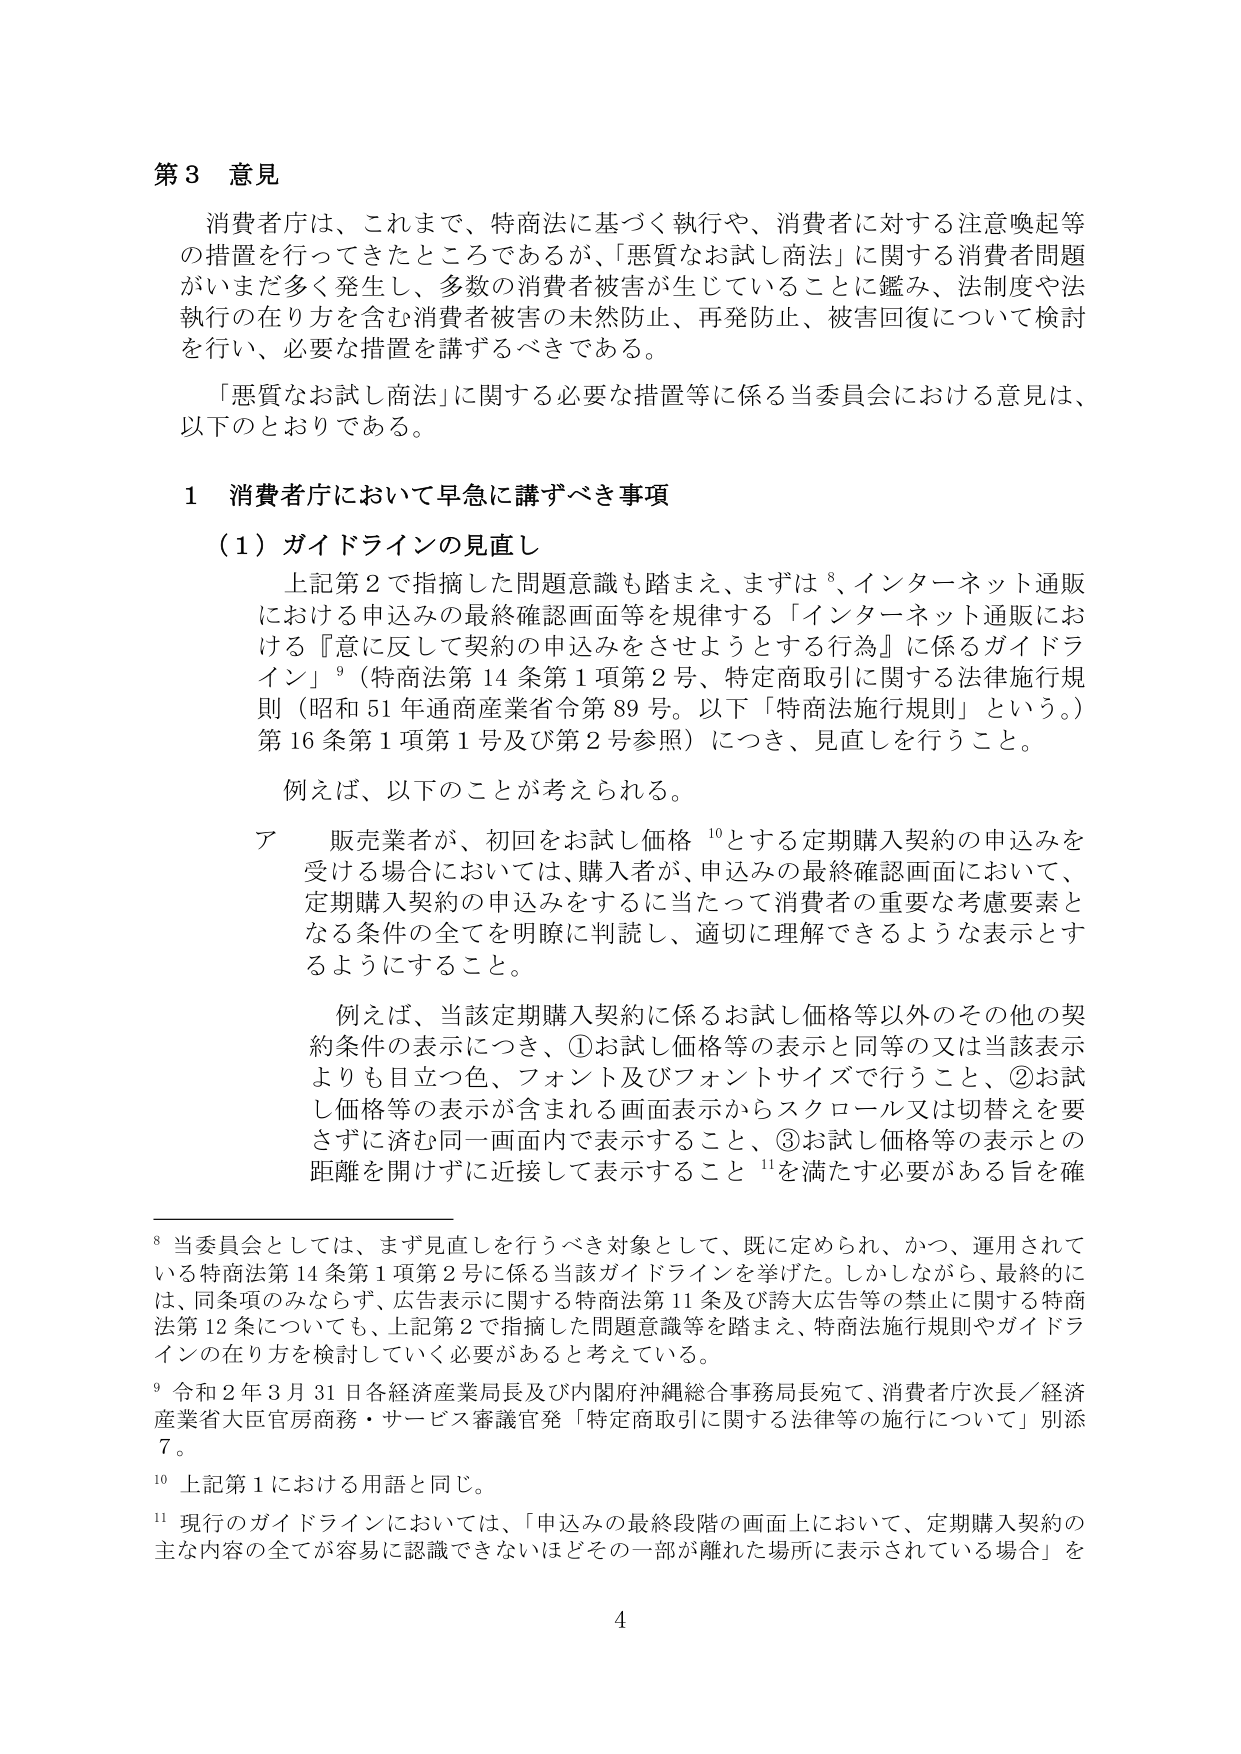
第3 意見

消費者庁は、これまで、特商法に基づく執行や、消費者に対する注意喚起等の措置を行ってきたところであるが、「悪質なお試し商法」に関する消費者問題がいまだ多く発生し、多数の消費者被害が生じていることに鑑み、法制度や法執行の在り方を含む消費者被害の未然防止、再発防止、被害回復について検討を行い、必要な措置を講ずるべきである。

「悪質なお試し商法」に関する必要な措置等に係る当委員会における意見は、以下のとおりである。

1 消費者庁において早急に講ずべき事項

（1）ガイドラインの見直し

上記第2で指摘した問題意識も踏まえ、まずは⁸、インターネット通販における申込みの最終確認画面等を規律する「インターネット通販における『意に反して契約の申込みをさせようとする行為』に係るガイドライン」⁹（特商法第14条第1項第2号、特定商取引に関する法律施行規則（昭和51年通商産業省令第89号。以下「特商法施行規則」という。）第16条第1項第1号及び第2号参照）につき、見直しを行うこと。

例えば、以下のことが考えられる。

ア 販売業者が、初回をお試し価格¹⁰とする定期購入契約の申込みを受ける場合においては、購入者が、申込みの最終確認画面において、定期購入契約の申込みをするに当たって消費者の重要な考慮要素となる条件の全てを明瞭に判読し、適切に理解できるような表示とすること。

例えば、当該定期購入契約に係るお試し価格等以外のその他の契約条件の表示につき、①お試し価格等の表示と同等の又は当該表示よりも目立つ色、フォント及びフォントサイズで行うこと、②お試し価格等の表示が含まれる画面表示からスクロール又は切替えを要さずに済む同一画面内で表示すること、③お試し価格等の表示との距離を開けずに近接して表示すること¹¹を満たす必要がある旨を確

⁸ 当委員会としては、まず見直しを行うべき対象として、既に定められ、かつ、運用されている特商法第14条第1項第2号に係る当該ガイドラインを挙げた。しかしながら、最終的には、同条項のみならず、広告表示に関する特商法第11条及び誇大広告等の禁止に関する特商法第12条についても、上記第2で指摘した問題意識等を踏まえ、特商法施行規則やガイドラインの在り方を検討していく必要があると考えている。

⁹ 令和2年3月31日各経済産業局長及び内閣府沖縄総合事務局長宛て、消費者庁次長／経済産業省大臣官房商務・サービス審議官発「特定商取引に関する法律等の施行について」別添7。

¹⁰ 上記第1における用語と同じ。

¹¹ 現行のガイドラインにおいては、「申込みの最終段階の画面上において、定期購入契約の主な内容の全てが容易に認識できないほどその一部が離れた場所に表示されている場合」を

4